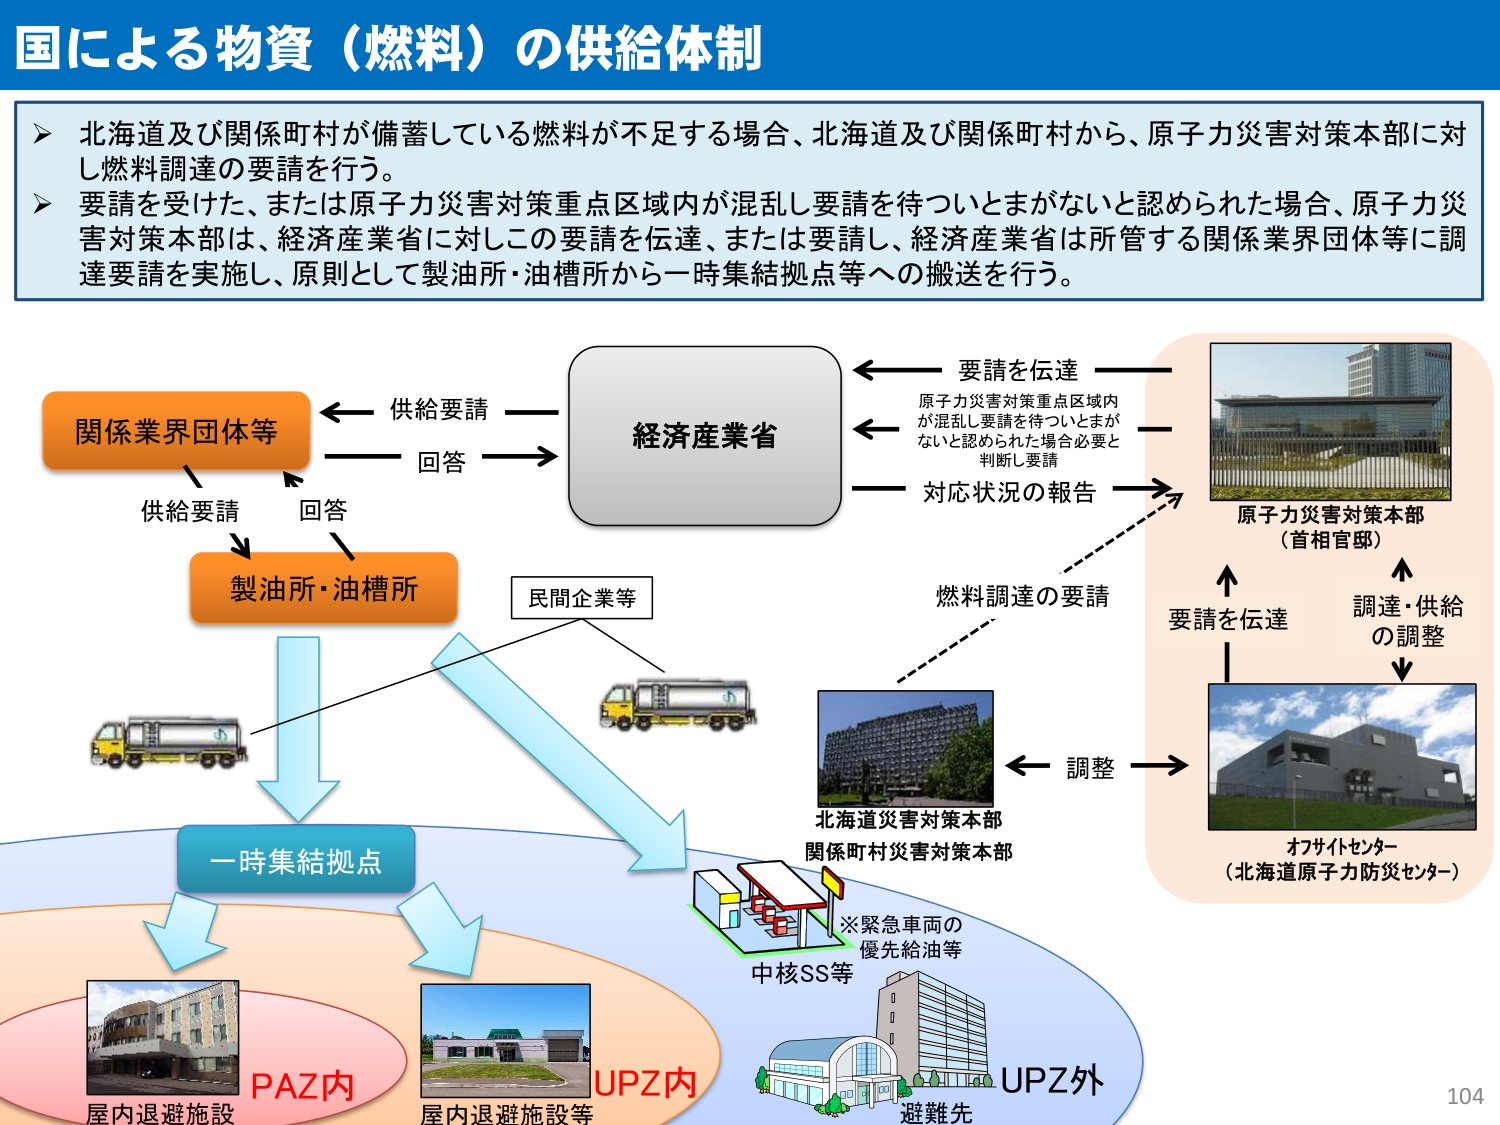
国による物資（燃料）の供給体制

▶ 北海道及び関係町村が備蓄している燃料が不足する場合、北海道及び関係町村から、原子力災害対策本部に対し燃料調達の要請を行う。
▶ 要請を受けた、または原子力災害対策重点区域内が混乱し要請を待ついとまがないと認められた場合、原子力災害対策本部は、経済産業省に対しこの要請を伝達、または要請し、経済産業省は所管する関係業界団体等に調達要請を実施し、原則として製油所・油槽所から一時集結拠点等への搬送を行う。

関係業界団体等
供給要請
回答
製油所・油槽所
一時集結拠点

経済産業省
要請を伝達
原子力災害対策重点区域内が混乱し要請を待ついとまがないと認められた場合必要と判断し要請
対応状況の報告
燃料調達の要請
要請を伝達
調整
調達・供給の調整

原子力災害対策本部（首相官邸）
オフサイトセンター（北海道原子力防災センター）
北海道災害対策本部
関係町村災害対策本部

民間企業等

※緊急車両の優先給油等
中核SS等

PAZ内
屋内退避施設
UPZ内
屋内退避施設等
UPZ外
避難先

104